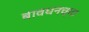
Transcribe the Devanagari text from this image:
बावधनच्या